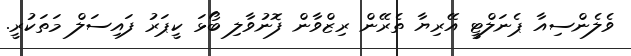
ވެލެންސިއާ ޕެނަލްޓީ އޭރިޔާ ތެރޭން ރިޒްވާން ފޮނުވާލި ބޯޅަ ކީޕަރު ފައިސަލް މަތަކުރީ.